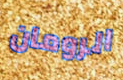
الرومان